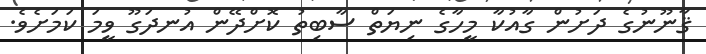
ޤާނޫނުގެ ދަށުން ގާއުކާ މީހާގެ ނިޔަތް ސާބިތު ކޮށްދޭން އުނދަގޫ ވީމަ ކަމަށެވެ.